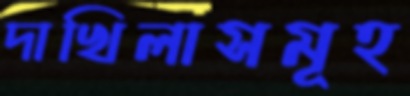
দাখিলাসমূহ